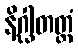
နိဂ္ဃါတတ္ထံ